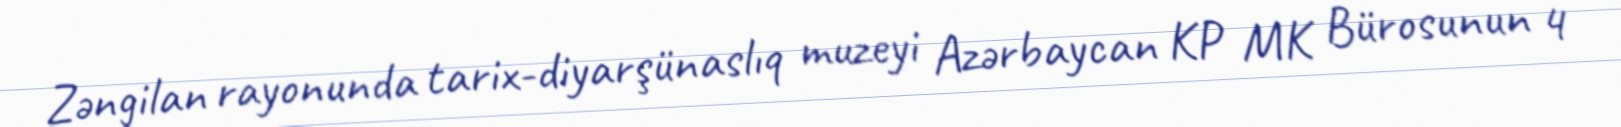
Zəngilan rayonunda tarix-diyarşünaslıq muzeyi Azərbaycan KP MK Bürosunun 4